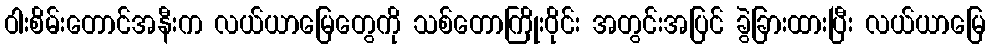
ဝါးစိမ်းတောင်အနီးက လယ်ယာမြေတွေကို သစ်တောကြိုးဝိုင်း အတွင်းအပြင် ခွဲခြားထားပြီး လယ်ယာမြေ